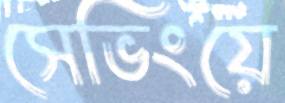
সেভিংয়ে